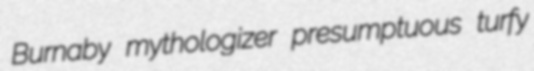
Burnaby mythologizer presumptuous turfy